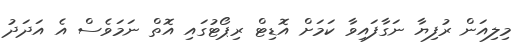
މިލިއަން ރުފިޔާ ނަގާފައިވާ ކަމަށް އޮޑިޓް ރިޕޯޓުގައި އޮތް ނަމަވެސް އެ އަދަދު